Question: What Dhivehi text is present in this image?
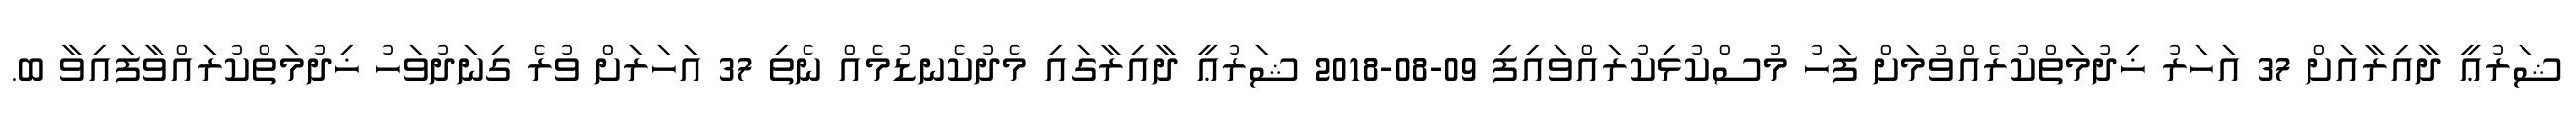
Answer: ޝަރުޢީ ދާއިރާއަށް 37 އަހަރު ޚިދުމަތްކުރެއްވުމަށް ފަހު މުސްކުޅިކުރައްވައިފި 09-08-2018 ޝަރުޢީ ދާއިރާގައި މެދުކެނޑުމެއް ނެތި 37 އަހަރަށް ވުރެ ގިނަދުވަހު ޚިދުމަތްކުރައްވާފައިވާ ބ.